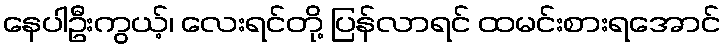
နေပါဦးကွယ့်၊ လေးရင်တို့ ပြန်လာရင် ထမင်းစားရအောင်